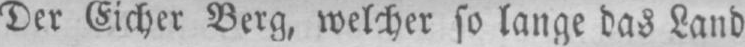
Der Eicher Berg, welcher so lange das Land